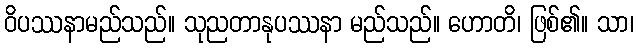
ဝိပဿနာမည်သည်။ သုညတာနုပဿနာ မည်သည်။ ဟောတိ၊ ဖြစ်၏။ သာ၊